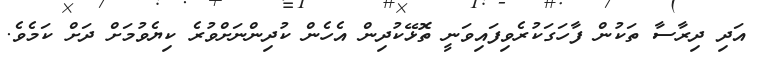
އަދި ދިރާސާ ތަކުން ފާހަގަކުރެވިފައިވަނީ ތޮޅޭކުދިން އެހެން ކުދިންނަށްވުރެ ކިޔެވުމަށް ދަށް ކަމެވެ.